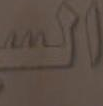
السـ